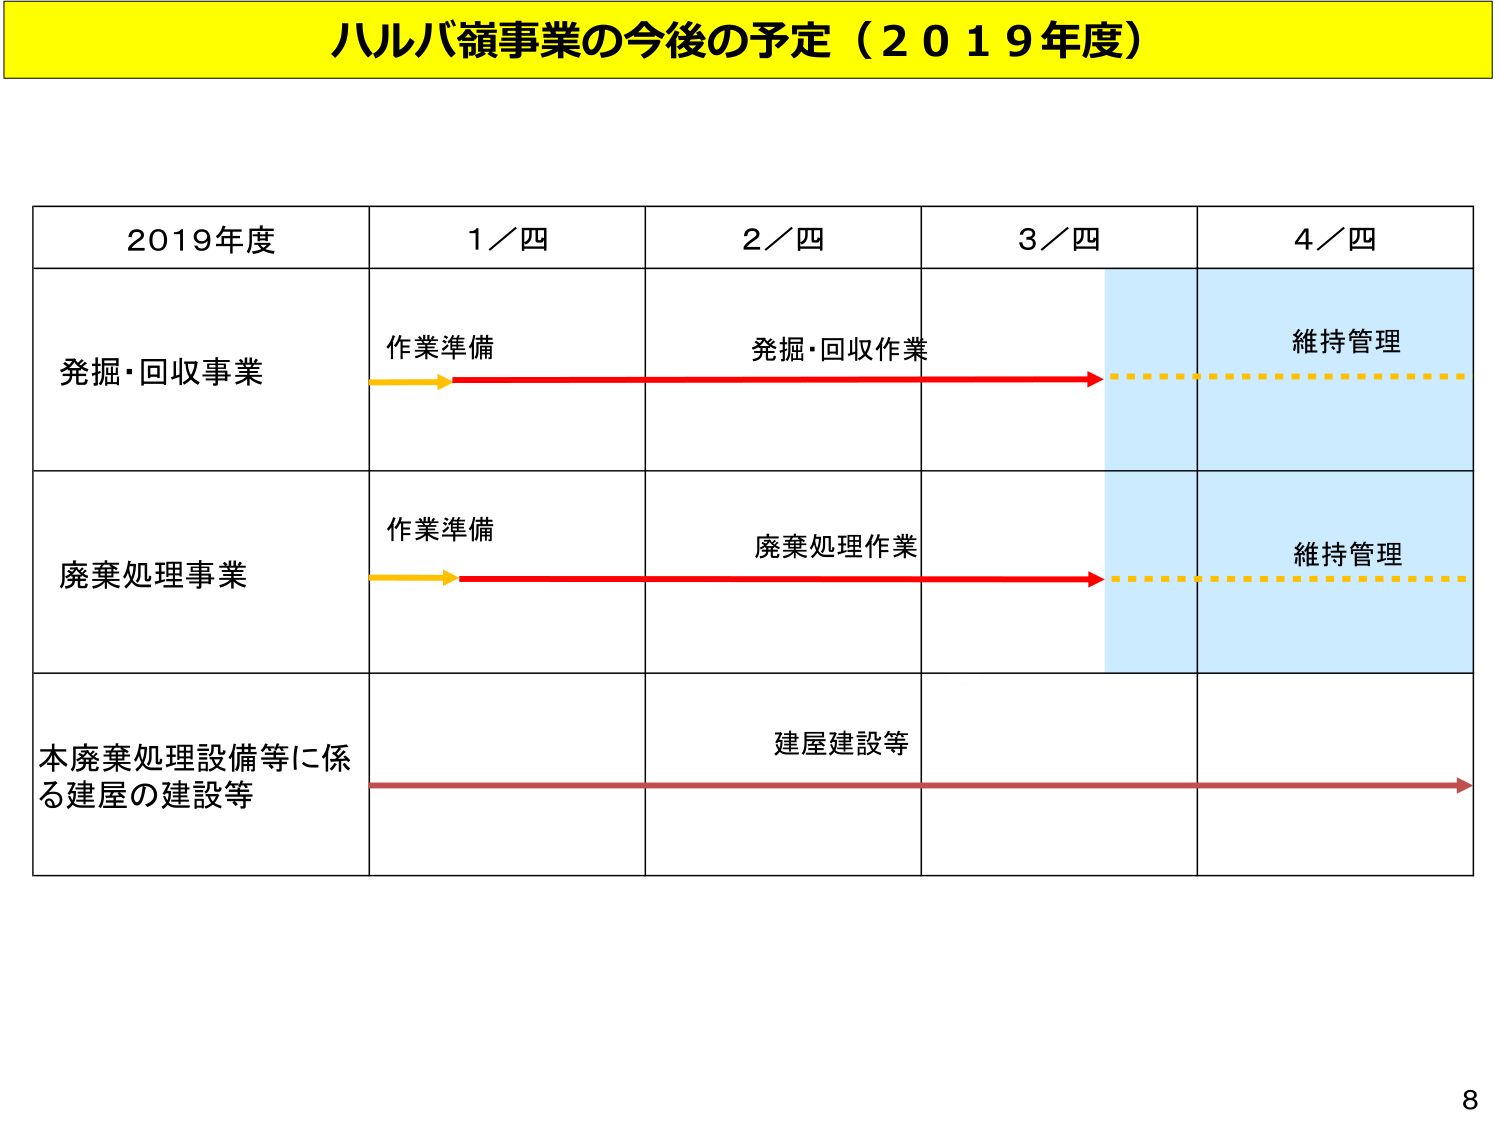
ハルバ嶺事業の今後の予定（２０１９年度）

２０１９年度　　１／四　　２／四　　３／四　　４／四

発掘・回収事業　　作業準備　　発掘・回収作業　　維持管理

廃棄処理事業　　作業準備　　廃棄処理作業　　維持管理

本廃棄処理設備等に係る建屋の建設等　　建屋建設等

8